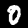
Label: 0